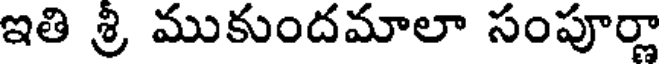
ఇతి శ్రీ ముకుందమాలా సంపూర్ణా